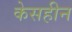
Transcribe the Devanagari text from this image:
केसहीन